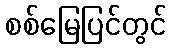
စစ်မြေပြင်တွင်